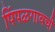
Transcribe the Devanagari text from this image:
पिंपळगावची